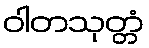
ဝါတသုတ္တံ